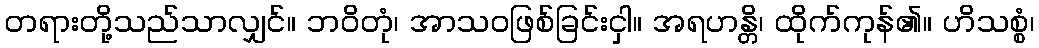
တရားတို့သည်သာလျှင်။ ဘဝိတုံ၊ အာသဝဖြစ်ခြင်းငှါ။ အရဟန္တိ၊ ထိုက်ကုန်၏။ ဟိသစ္စံ၊